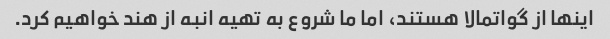
اینها از گواتمالا هستند، اما ما شروع به تهیه انبه از هند خواهیم کرد.